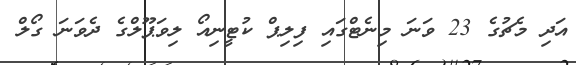
އަދި މެޗުގެ 23 ވަނަ މިނެޓްގައި ފިލިޕް ކުޓީނިއޯ ލިވަޕޫލްގެ ދެވަނަ ގޯލް